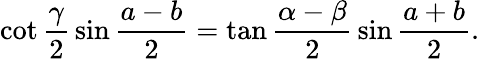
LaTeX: \cot{\frac{\gamma}{2}}\sin{\frac{a-b}{2}}=\tan{\frac{\alpha-\beta}{2}}\sin{\frac{a+b}{2}}.